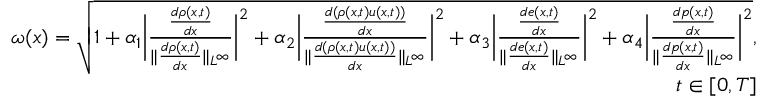
\begin{array} { r } { \omega ( x ) = \sqrt { 1 + \alpha _ { 1 } \bigg \lvert \frac { \frac { d \rho ( x , t ) } { d x } } { \lVert \frac { d \rho ( x , t ) } { d x } \rVert _ { L ^ { \infty } } } \bigg \rvert ^ { 2 } + \alpha _ { 2 } \bigg \lvert \frac { \frac { d ( \rho ( x , t ) u ( x , t ) ) } { d x } } { \lVert \frac { d ( \rho ( x , t ) u ( x , t ) ) } { d x } \rVert _ { L ^ { \infty } } } \bigg \rvert ^ { 2 } + \alpha _ { 3 } \bigg \lvert \frac { \frac { d e ( x , t ) } { d x } } { \lVert \frac { d e ( x , t ) } { d x } \rVert _ { L ^ { \infty } } } \bigg \rvert ^ { 2 } + \alpha _ { 4 } \bigg \lvert \frac { \frac { d p ( x , t ) } { d x } } { \lVert \frac { d p ( x , t ) } { d x } \rVert _ { L ^ { \infty } } } \bigg \rvert ^ { 2 } } , } \\ { \quad t \in [ 0 , T ] } \end{array}